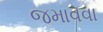
જમાવવા